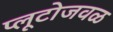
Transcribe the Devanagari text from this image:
प्लूटोजवळ